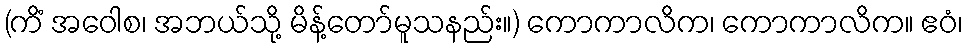
(ကိံ အဝေါစ၊ အဘယ်သို့ မိန့်တော်မူသနည်း။) ကောကာလိက၊ ကောကာလိက။ ဧဝံ၊